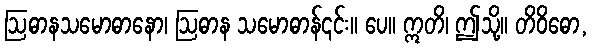
ဩဓာနသမောဓာနော၊ ဩဓာန သမောဓာန်၎င်း။ ပေ။ ဣတိ၊ ဤသို့။ တိဝိဓော,